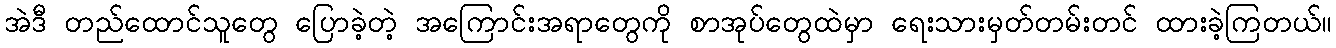
အဲဒီ တည်ထောင်သူတွေ ပြောခဲ့တဲ့ အကြောင်းအရာတွေကို စာအုပ်တွေထဲမှာ ရေးသားမှတ်တမ်းတင် ထားခဲ့ကြတယ်။